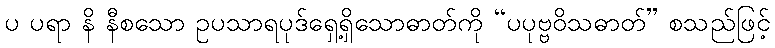
ပ ပရာ နိ နီစသော ဥပသာရပုဒ်ရှေ့ရှိသောဓာတ်ကို “ပပုဗ္ဗဝိသဓာတ်” စသည်ဖြင့်